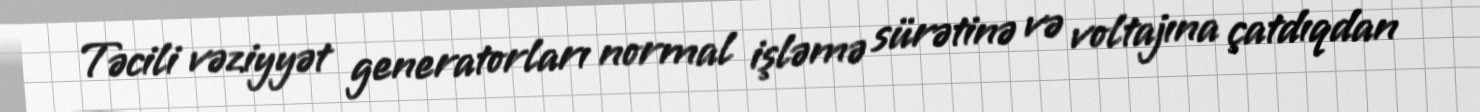
Təcili vəziyyət generatorları normal işləmə sürətinə və voltajına çatdıqdan